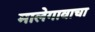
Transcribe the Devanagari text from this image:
मालेगावाचा